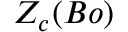
Z _ { c } ( B o )